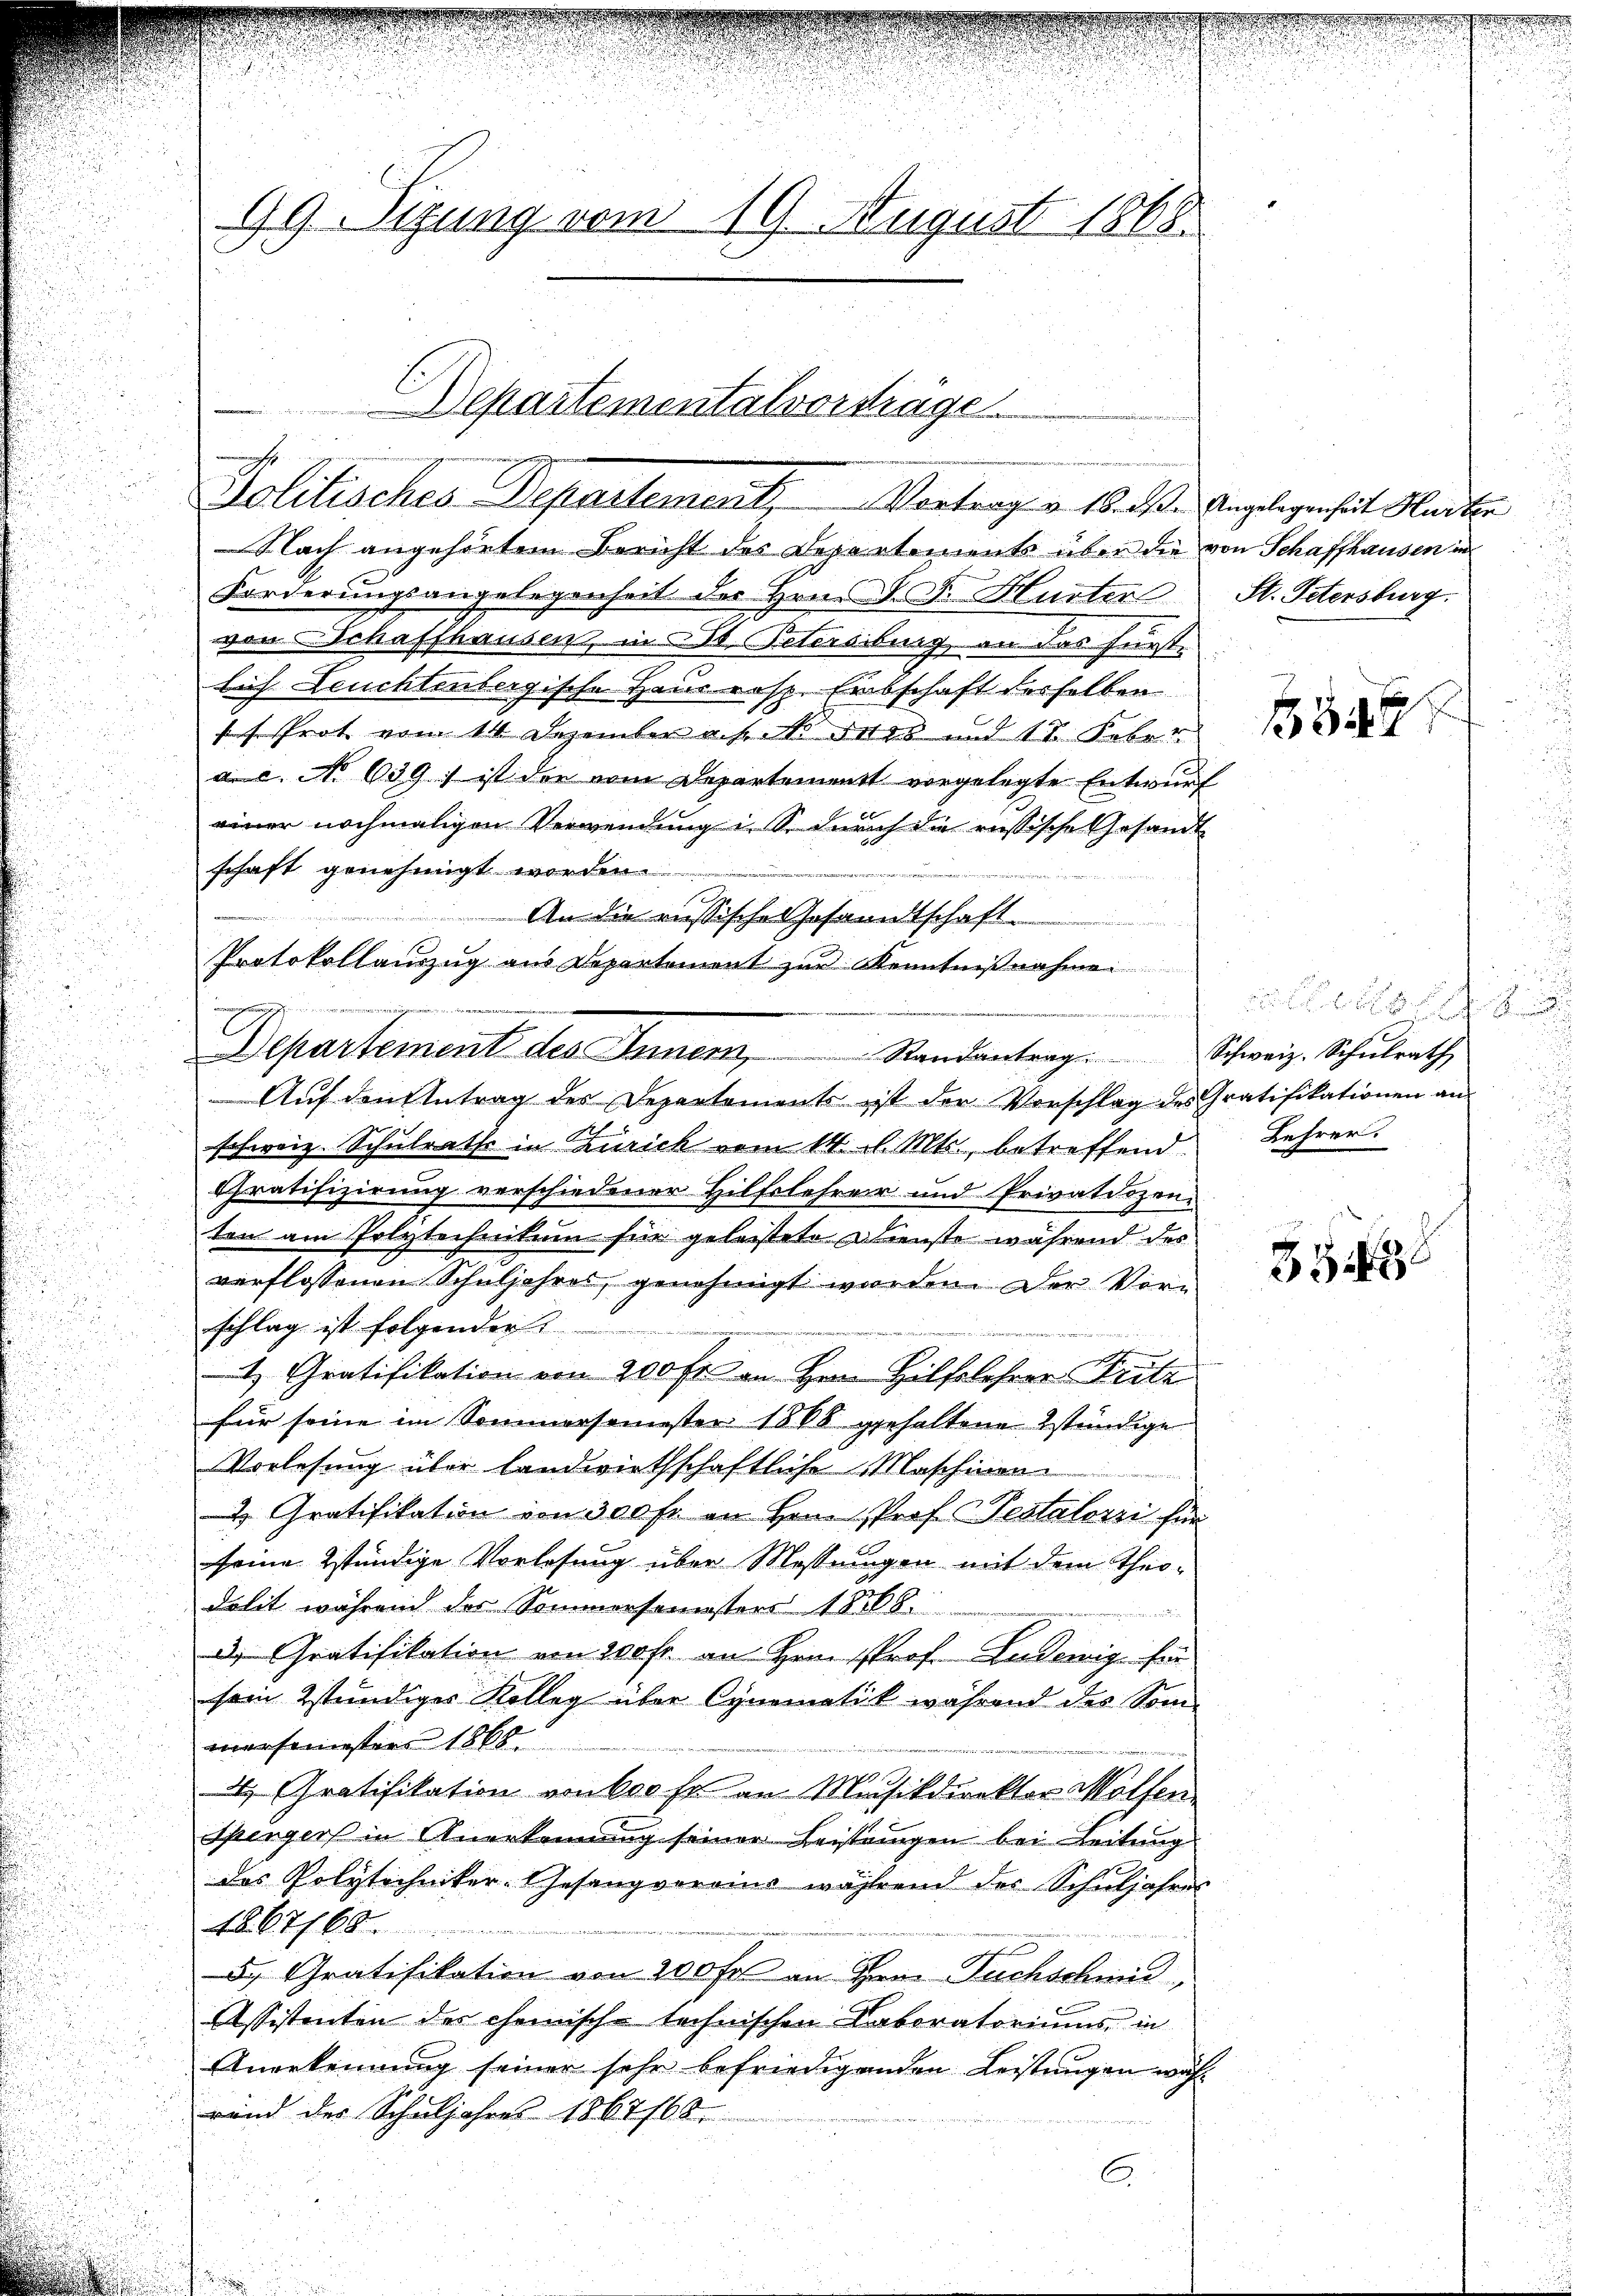
99. Sitzung vom 19. August 1868

Departementalvorsträge
Politisches Departement. Vortrag von diese Angelegenheit Marker

Nach angehörtem Bericht des Departements über die von Schaffhausen in
Forderungsangelegenheit des Hrn. F. F. Hurter St. Petersburg.
von Schaffhausen, in St. Petersburg, an das Fürstlich Leuchtenbergische Haus resp. Entschaft desselben
h Prot vom 14 Dezember a. f. N. Ferd 15. Feber
.
a. c. No 639 ; ist die vom Departement vorgelegte Entwurf
einer nochmaligen Verwendung i. S. durch die russische Gesandt
schaft genehmigt worden.
An die russische Gesandtschaft.
Protokollauszug aus Departement zur Kenntnißnahme
.
 f den f.
Auf den Antrag des Departements ist der Vorschlag des Gratifikationen an
u
schweiz. Schulraths in Zürich vom 14. d. Mts., betreffend Lehrer.
Cratifizierung verschiedener Hilfelehrer und Privatdozen.
ten am Polytechnikum für geleistete Dienste während des
.
verflossenen Schuljahres, genehmigt worden. Der Vorschlag ist folgender

1 Gratifikation von 200 fr an Hrn. Hilfelehrer Fritz
für seine im Sommersemester 1888 gehaltene stündige
Vorlesung über landwirthschaftliche Maschinen
2 Gratifikation von 300 fr. an Hrn. Prof. Testalozzi für
seine stündige Vorlesung über Messungen mit dem Theodalit während der Sommersemesters 18568.

d. Gratifikation von 200 fr. an Hrn. Prof. Ludewig für
sein stündiger Kolleg über Cynomatik während des Sonn-
mersemesters 1868.
4. Gratifikation von koche an Musikdirektor Mölfen
Spengers in Anerkennung seiner Leistungen bei Leitung
des Polytechniker-Gesangvereins während des Schuljahres
4267766
5.) Gratifikation von 200 fr an Hrn. Fuchschmid,
Assistenten des chemische technischen Laboratoriums in
Anerkennung seiner sehr befriedigenden Leistungen wähl
rend des Schuljahres 1867/68.
C.
uund

C

Departement des Innem Randantrag. Schweiz. Schŭlrath

349

be
u
u

3543